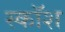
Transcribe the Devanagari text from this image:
स्कॉश